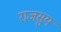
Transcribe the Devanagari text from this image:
राजसुय